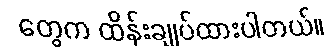
တွေက ထိန်းချုပ်ထားပါတယ်။